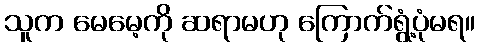
သူက မေမေ့ကို ဆရာမဟု ကြောက်ရွံ့ပုံမရ။